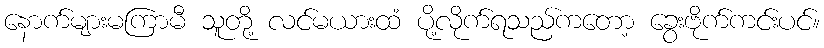
နောက်များမကြာမီ သူတို့ လင်မယားထံ ပို့လိုက်ရသည်ကတော့ ခွေးဗိုက်ကင်းပင်။